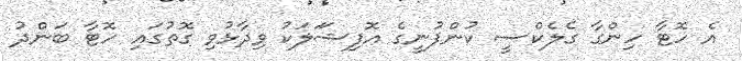
އެ ހޮޓާ ހިންގާ ގެލެކްސީ ކުންފުނީގެ އޮފިޝަަލަކު ވިދާޅުވި ގޮތުގައި ހޮޓާ ބަންދު